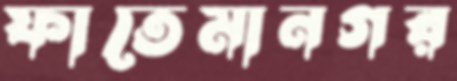
ফাতেমানগর